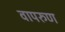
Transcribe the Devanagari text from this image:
वापरुण